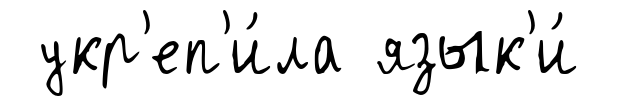
укр'еп'и́ла язык'и́